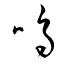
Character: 嗚